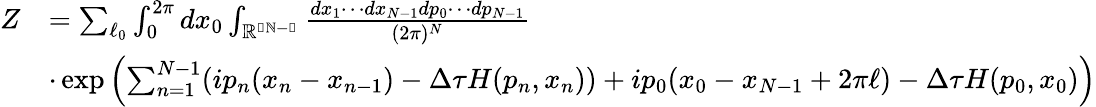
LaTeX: \begin{array}{rl}{Z}&{=\sum_{\ell_{0}}\int_{0}^{2\pi}dx_{0}\int_{\mathbb{R^{2N-1}}}\frac{dx_{1}\cdots dx_{N-1}dp_{0}\cdots dp_{N-1}}{(2\pi)^{N}}}\\ &{\cdot\exp\left(\sum_{n=1}^{N-1}(ip_{n}(x_{n}-x_{n-1})-\Delta\tau H(p_{n},x_{n}))+ip_{0}(x_{0}-x_{N-1}+2\pi\ell)-\Delta\tau H(p_{0},x_{0})\right)}\end{array}